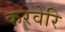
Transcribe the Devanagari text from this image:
करवेरि